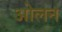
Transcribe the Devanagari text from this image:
ओलन